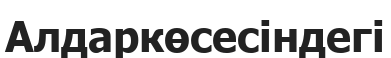
Алдаркөсесіндегі